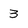
Character: 3